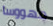
مهووسا